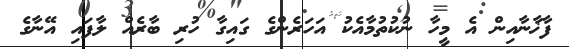
ފާޚާނާއިން އެ މީހާ ނުކުތުމާއެކު އަހަރެންގެ ގައިގާ ހުރި ބާރެއް ލާފައި އޭނާގެ